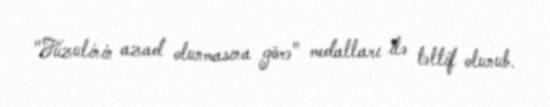
"Füzulinin azad olunmasına görə" medalları ilə təltif olunub.